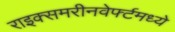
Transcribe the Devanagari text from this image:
राइक्समरीनवेर्फ्टमध्ये